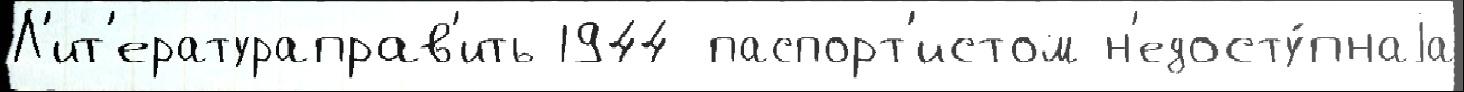
Л'ит'ератураправ'ить 1944 паспорт'истом н'едосту́пнаjа